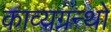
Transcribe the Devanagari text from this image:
काव्यग्रन्थो